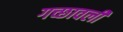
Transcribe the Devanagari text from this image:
गच्छावली